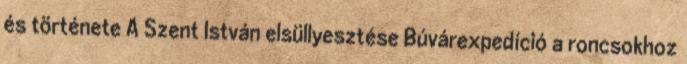
és története A Szent István elsüllyesztése Búvárexpedíció a roncsokhoz